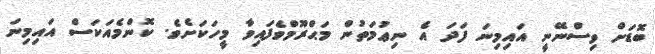
ބޮޑަށް ވިސްނޭނީ އައިމިނަ ފަދަ އެ ނިޢުމަތުން މަޙްރޫމްވެފައިވާ މީހަކަށެވެ. ކޮންމެއަކަސް އައިމިނަ